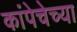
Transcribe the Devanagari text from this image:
कांपेचेच्या